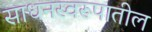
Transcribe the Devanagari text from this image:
साधनस्वरूपातील